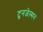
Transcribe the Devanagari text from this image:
टुनजेल्मन